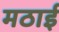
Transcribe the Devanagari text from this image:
मठाई